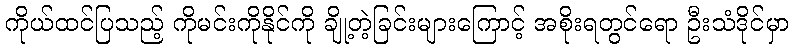
ကိုယ်ထင်ပြသည့် ကိုမင်းကိုနိုင်ကို ချို့တဲ့ခြင်းများကြောင့် အစိုးရတွင်ရော ဦးသံဒိုင်မှာ